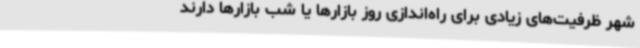
شهر ظرفیت‌های زیادی برای راه‌اندازی روز بازارها یا شب بازارها دارند